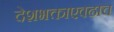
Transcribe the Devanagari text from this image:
देशभक्ताएवढाच